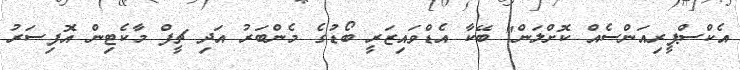
އެކްސްޕީރިއަންސެއް ކޮށްލަން" ބޭކާ އެޑްވައިޒަރީ ބޯޑުގެ މެންބަރު އަދި ޗީފް މާކެޓިން އޮފިސަރު